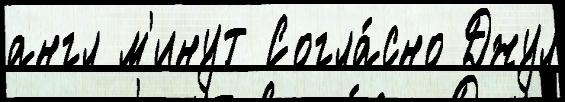
англ м'инут Согла́сно Джул